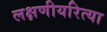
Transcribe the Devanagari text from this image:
लक्षणीयरित्या